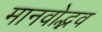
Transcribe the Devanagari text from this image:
मानवोद्भव